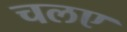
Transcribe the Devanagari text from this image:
चलए